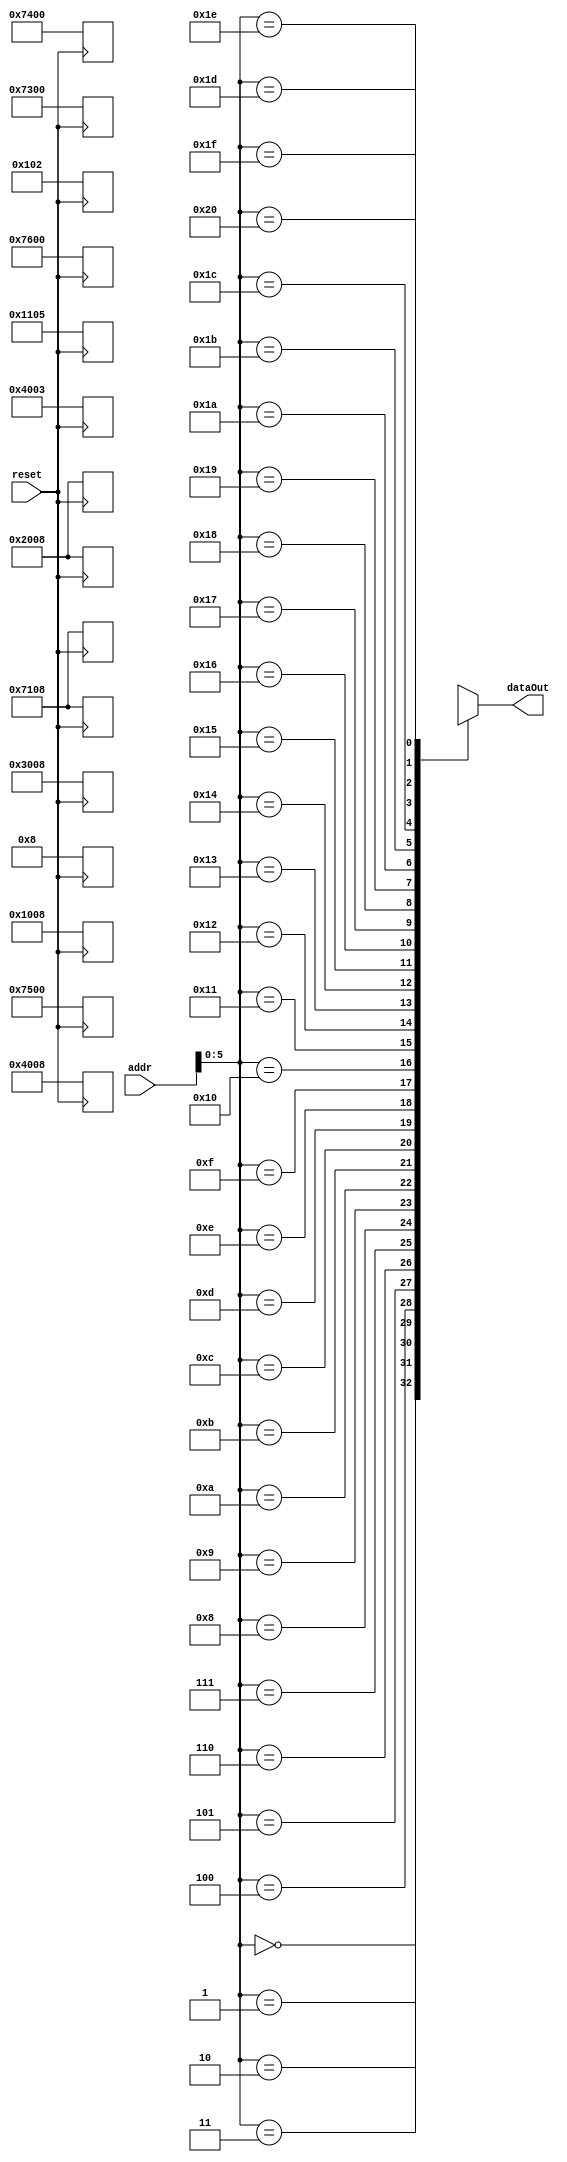
module pgmMem(
    input reset,
    input [7:0] addr,
    output [15:0] dataOut
    );
    
    reg [15:0] mem [32:0];
    always @(negedge reset)
    begin
        
        //test 1
        
        mem[0] = 16'b0001_0001_0000_0101;   //ldb
        mem[1] = 16'b0000_0001_0000_0010;   //lda
        mem[2] = 16'b0100_0000_0000_1000;   //jmp
        mem[3] = 16'b0010_0000_0000_1000;   //sta
        
        mem[8] = 16'b0111_0001_0000_1000; //add
        mem[9] = 16'b0010_0000_0000_1000; //sta
        mem[10] = 16'b0001_0000_0000_1000; //ldb
        mem[11] = 16'b0111_0101_0000_0000; //cmb
        mem[12] = 16'b0111_0110_0000_0000; //cmb
        mem[13] = 16'b0011_0000_0000_1000; //stb
        mem[14] = 16'b0000_0000_0000_1000; //lda
        mem[15] = 16'b0111_0001_0000_1000; //add
        mem[16] = 16'b0100_0000_0000_0011; //jmp
        mem[17] = 16'b0111_0011_0000_0000; //cla
        mem[18] = 16'b0111_0100_0000_0000; //clb
  
        
        
        /*
        mem[0] = 16'b0000_0001_0000_0010;   //lda
        mem[1] = 16'b0001_0001_0000_0110;   //ldb  
        mem[2] = 16'b0111_0111_0000_0000;   //decb
        mem[3] = 16'b1111_0101_0000_0110;   //lso
        mem[4] = 16'b0111_1101_0000_0000;   //sz
        mem[5] = 16'b0100_0000_0000_0010;   //jmp
        mem[6] = 16'b0010_0000_0000_0001;   //sta
        
        mem[7] = 16'b0000_0001_0000_0111;   //lda
        mem[8] = 16'b0001_0001_0000_0100;   //ldb
        mem[9] = 16'b1111_0011_0000_0110;   //lsb
        mem[10] = 16'b0001_0000_0000_0001;  //ldb
        
        mem[11] = 16'b0111_0001_0000_0000;   //add
        mem[12] = 16'b0001_0001_0000_0011;  //ldb
        mem[13] = 16'b1111_0100_0000_0000;  //rsb
        /*
        //test 2
        mem[0] = 16'b0001_0001_0000_0011;   //ldb
        mem[1] = 16'b0111_0001_0000_0000;   //add
        mem[2] = 16'b0111_0111_0000_0000;   //decb
        mem[3] = 16'b0111_0001_0000_0000;   //add
        mem[4] = 16'b0111_1101_0000_0000;   //sz
       mem[5] = 16'b0100_0000_0000_0010;    //jmp
        mem[6] = 16'b1111_1111_1111_1111;   
        mem[7] = 16'b1111_1111_1111_1111;     
        
        //test 3
        mem[0] = 16'b0111_1010_0000_0000;    //ion
        mem[1] = 16'b0111_0001_0000_0100;    //lda
        mem[2] = 16'b1100_0000_0000_0000;    //popa
        mem[8'b1000_0000] = 16'b0001_0000_0000_0000;   //lda
        mem[8'b1000_0001] = 16'b0111_0000_0000_0000;   //ldb
        mem[8'b1000_0010] = 16'b0111_0001_0000_0000;   //add
        mem[8'b1000_0011] = 16'b0111_0100_0000_0000;   //cb
        mem[8'b1000_0100] = 16'b1110_0000_0000_0000;   //ret
         */
    end
    
    assign dataOut = mem[addr];
endmodule